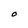
Character: O